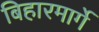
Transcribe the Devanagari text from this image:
बिहारमार्गे